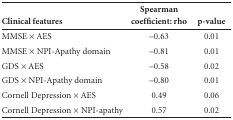
<table><thead><tr><td><b>Clinical features</b></td><td><b>Spearman coefficient: rho</b></td><td><b>p-value</b></td></tr></thead><tbody><tr><td>MMSE × AES</td><td>-0.63</td><td>0.01</td></tr><tr><td>MMSE × NPI-Apathy domain</td><td>-0.81</td><td>0.01</td></tr><tr><td>GDS × AES</td><td>-0.58</td><td>0.02</td></tr><tr><td>GDS × NPI-Apathy domain</td><td>-0.80</td><td>0.01</td></tr><tr><td>Cornell Depression × AES</td><td>0.49</td><td>0.06</td></tr><tr><td>Cornell Depression × NPI-apathy</td><td>0.57</td><td>0.02</td></tr></tbody></table>